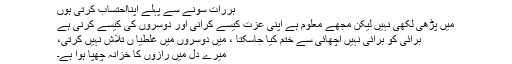
ہررات سونے سے پہلے اپنااحتساب کرتی ہوں
میں پڑھی لکھی نہیں لیکن مجھے معلوم ہے اپنی عزت کیسے کرانی اور دوسروں کی کیسے کرنی ہے
برائی کو برائی نہیں اچھائی سے ختم کیا جاسکتا ، میں دوسروں میں غلطیا ں تلاش نہیں کرتی،
میرے دل میں رازوں کا خزانہ چھپا ہوا ہے۔